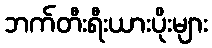
ဘက်တီးရီးယားပိုးများ